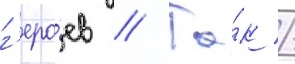
г'еро́ев // Та́к /